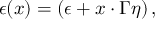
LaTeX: \epsilon ( x ) = ( \epsilon + x \cdot \Gamma \eta ) \, ,